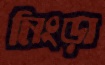
নিংড়া